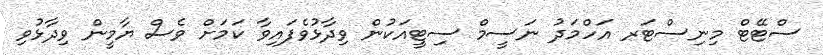
ސްޓޭޓް މިނިސްޓަރ އަހްމަދު ނަސީމް ސިޓީއަކުން ވިދާޅުވެފައިވާ ކަމަށް ވެސް ޔާމީން ވިދާޅުވި